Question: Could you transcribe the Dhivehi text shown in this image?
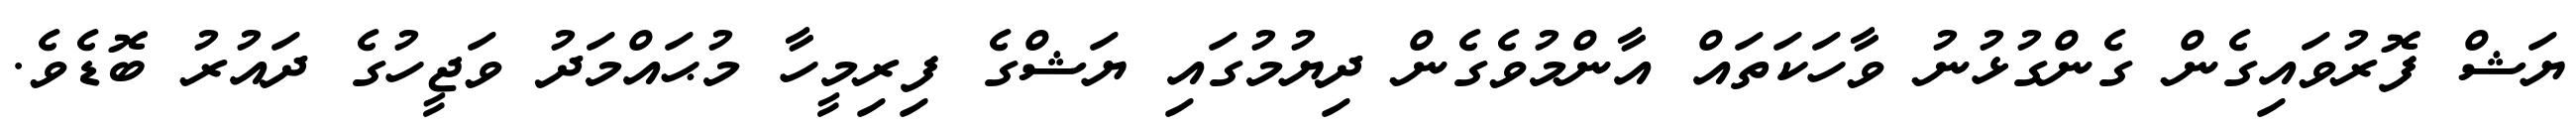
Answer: ޔަޝް ފޮރުވައިގެން ގެންގުޅުނު ވާހަކަތައް އާންމުވެގެން ދިޔުމުގައި ޔަޝްގެ ފިރިމީހާ މުޙައްމަދު ވަޖީހުގެ ދައުރު ބޮޑެވެ.